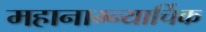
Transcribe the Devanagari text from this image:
महानाम्न्यार्चिक